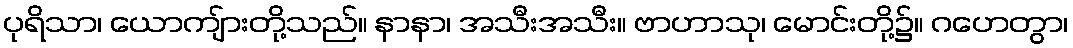
ပုရိသာ၊ ယောကျ်ားတို့သည်။ နာနာ၊ အသီးအသီး။ ဗာဟာသု၊ မောင်းတို့၌။ ဂဟေတွာ၊